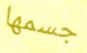
جسمها